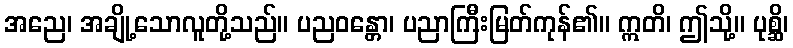
အညေ၊ အချို့သောလူတို့သည်။ ပညဝန္တော၊ ပညာကြီးမြတ်ကုန်၏။ ဣတိ၊ ဤသို့။ ပုစ္ဆိ၊